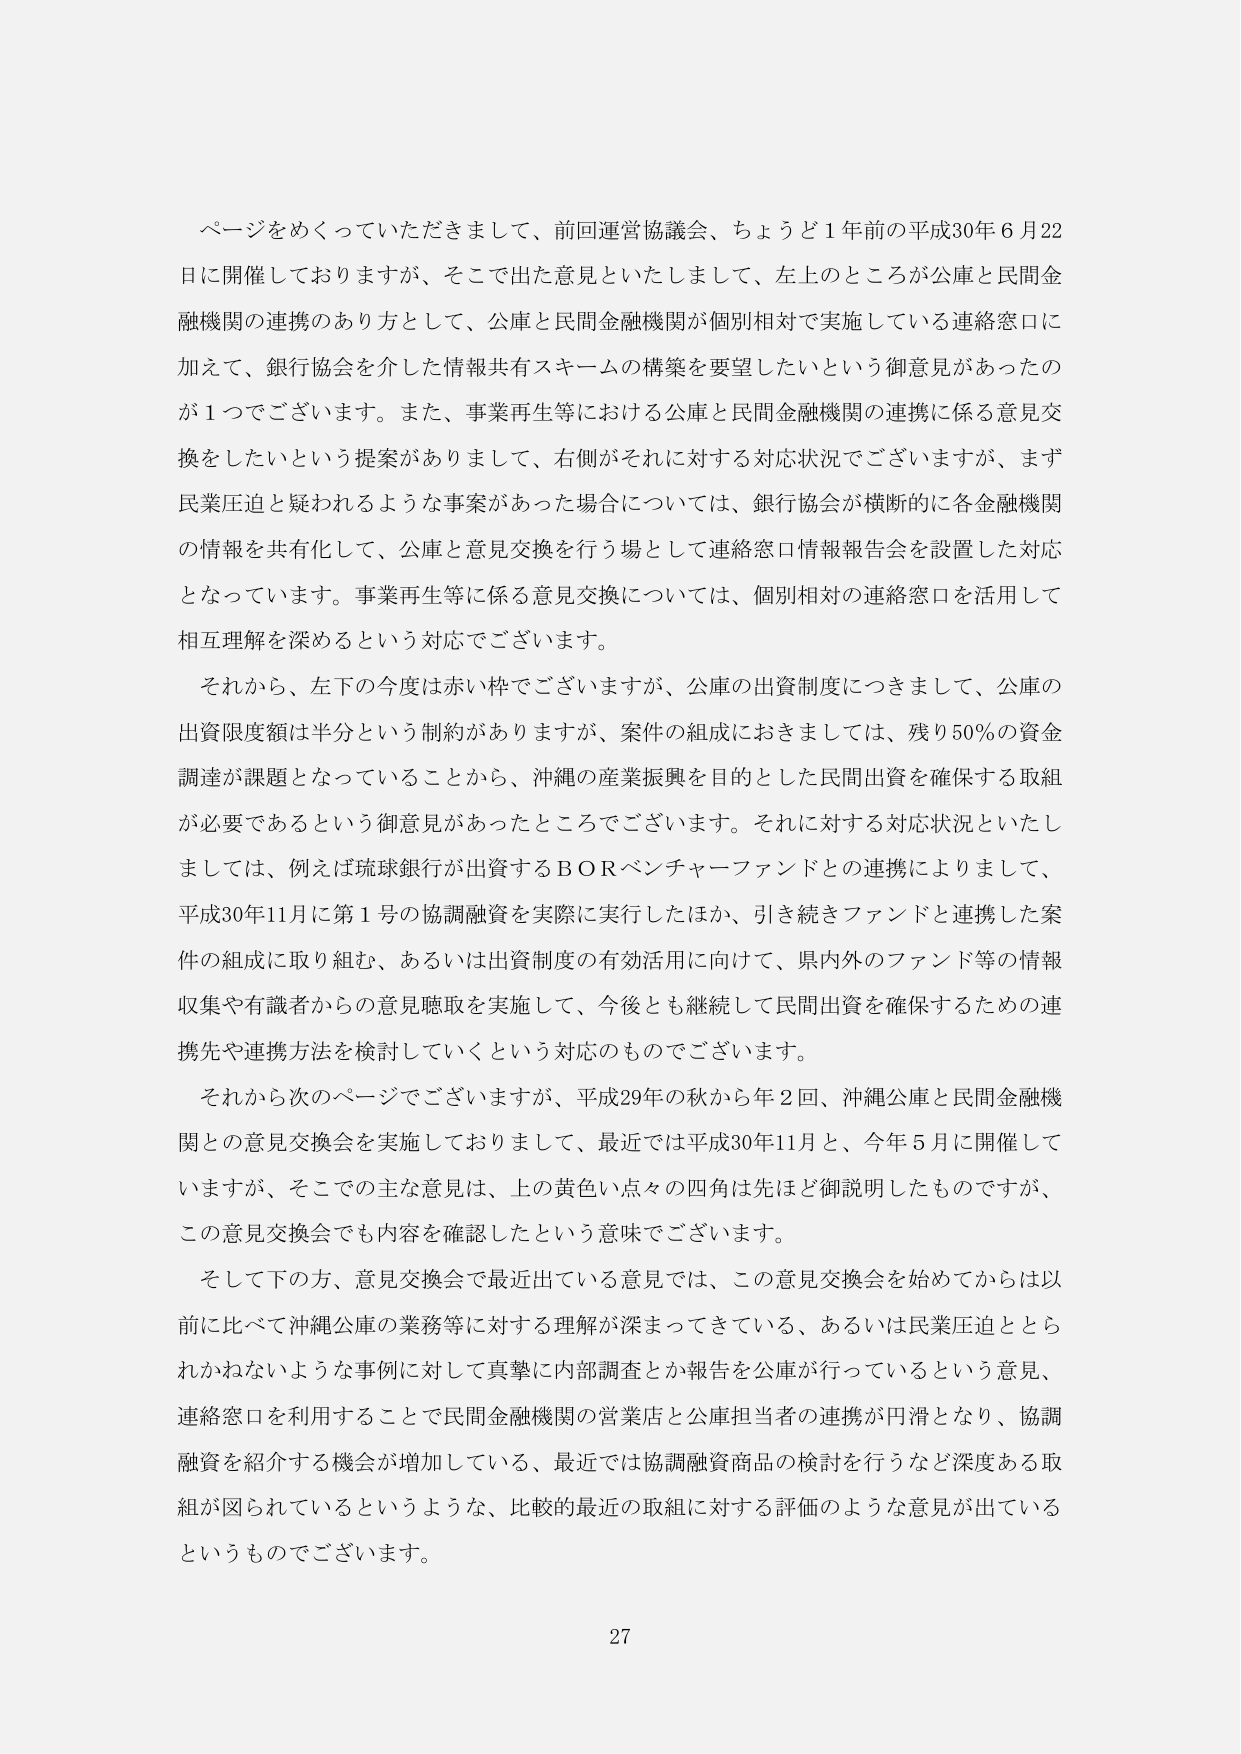
ページをめくっていただきまして、前回運営協議会、ちょうど１年前の平成30年６月22日に開催しておりますが、そこで出た意見といたしまして、左上のところが公庫と民間金融機関の連携のあり方として、公庫と民間金融機関が個別相対で実施している連絡窓口に加えて、銀行協会を介した情報共有スキームの構築を要望したいという御意見があったのが１つでございます。また、事業再生等における公庫と民間金融機関の連携に係る意見交換をしたいという提案がありまして、右側がそれに対する対応状況でございますが、まず民業圧迫と疑われるような事案があった場合については、銀行協会が横断的に各金融機関の情報を共有化して、公庫と意見交換を行う場として連絡窓口情報報告会を設置した対応となっています。事業再生等に係る意見交換については、個別相対の連絡窓口を活用して相互理解を深めるという対応でございます。

それから、左下の今度は赤い枠でございますが、公庫の出資制度につきまして、公庫の出資限度額は半分という制約がありますが、案件の組成におきましては、残り50％の資金調達が課題となっていることから、沖縄の産業振興を目的とした民間出資を確保する取組が必要であるという御意見があったところでございます。それに対する対応状況といたしましては、例えば琉球銀行が出資するＢＯＲベンチャーファンドとの連携によりまして、平成30年11月に第１号の協調融資を実際に実行したほか、引き続きファンドと連携した案件の組成に取り組む、あるいは出資制度の有効活用に向けて、県内外のファンド等の情報収集や有識者からの意見聴取を実施して、今後とも継続して民間出資を確保するための連携先や連携方法を検討していくという対応のものでございます。

それから次のページでございますが、平成29年の秋から年２回、沖縄公庫と民間金融機関との意見交換会を実施しておりまして、最近では平成30年11月と、今年５月に開催していますが、そこでの主な意見は、上の黄色い点々の四角は先ほど御説明したものですが、この意見交換会でも内容を確認したという意味でございます。

そして下の方、意見交換会で最近出ている意見では、この意見交換会を始めてからは以前に比べて沖縄公庫の業務等に対する理解が深まってきている、あるいは民業圧迫ととられかねないような事例に対して真摯に内部調査とか報告を公庫が行っているという意見、連絡窓口を利用することで民間金融機関の営業店と公庫担当者の連携が円滑となり、協調融資を紹介する機会が増加している、最近では協調融資商品の検討を行うなど深度ある取組が図られているというような、比較的最近の取組に対する評価のような意見が出ているというものです。

27